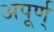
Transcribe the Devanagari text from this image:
अपूर्ण्‌